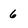
Character: 6